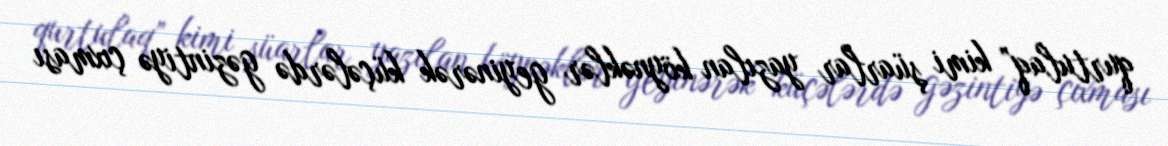
qurtulaq” kimi şüarlar yazılan köynəklər geyinərək küçələrdə gəzintiyə çıxması